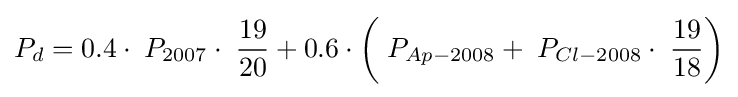
P_{d}=0.4\cdot \;P_{2007}\cdot \;{\frac {19}{20}}+0.6\cdot \left(\;P_{Ap-2008}+\;P_{Cl-2008}\cdot \;{\frac {19}{18}}\right)